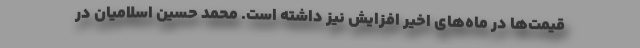
قیمت‌ها در ماه‌های اخیر افزایش نیز داشته است. محمد حسین اسلامیان در